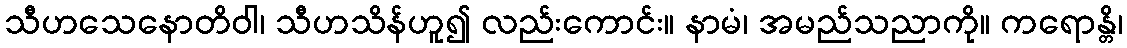
သီဟသေနောတိဝါ၊ သီဟသိန်ဟူ၍ လည်းကောင်း။ နာမံ၊ အမည်သညာကို။ ကရောန္တိ၊